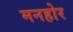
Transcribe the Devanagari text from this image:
मनहोर